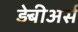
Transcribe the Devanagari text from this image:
ड़ेबीअर्स